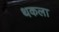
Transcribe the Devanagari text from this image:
थकला